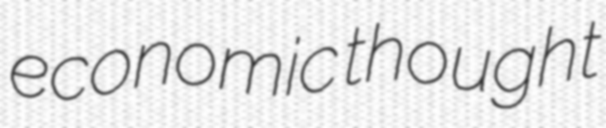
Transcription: economic thought